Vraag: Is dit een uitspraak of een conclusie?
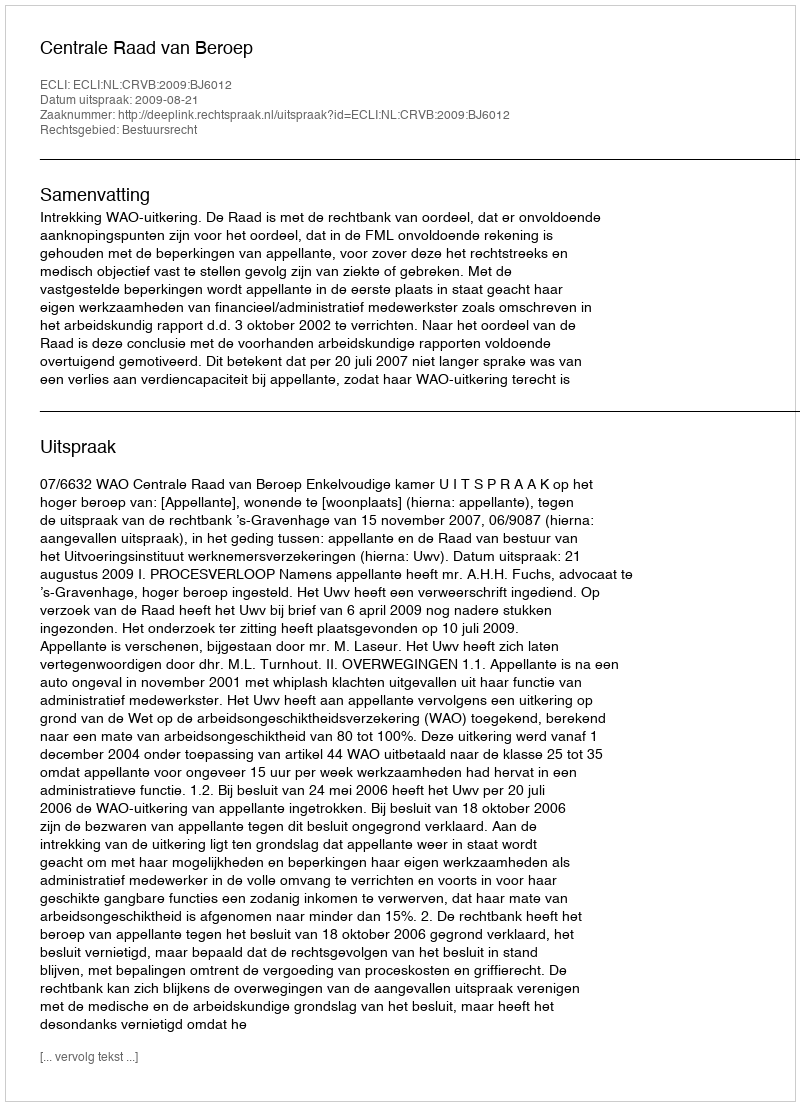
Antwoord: Uitspraak